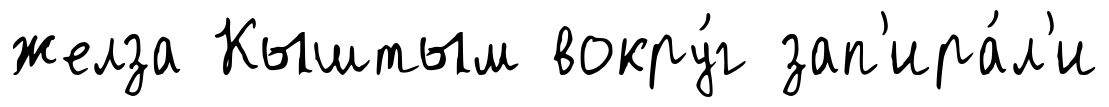
желза Кыштым вокру́г зап'ира́л'и